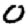
Digit: 0